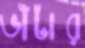
ভাঁটার